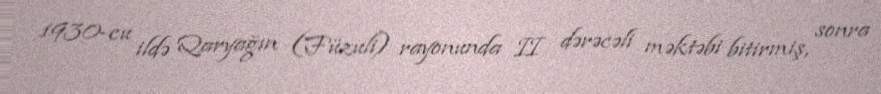
1930-cu ildə Qaryağın (Füzuli) rayonunda II dərəcəli məktəbi bitirmiş, sonra